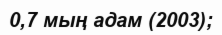
0,7 мың адам (2003);